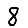
Digit: 8